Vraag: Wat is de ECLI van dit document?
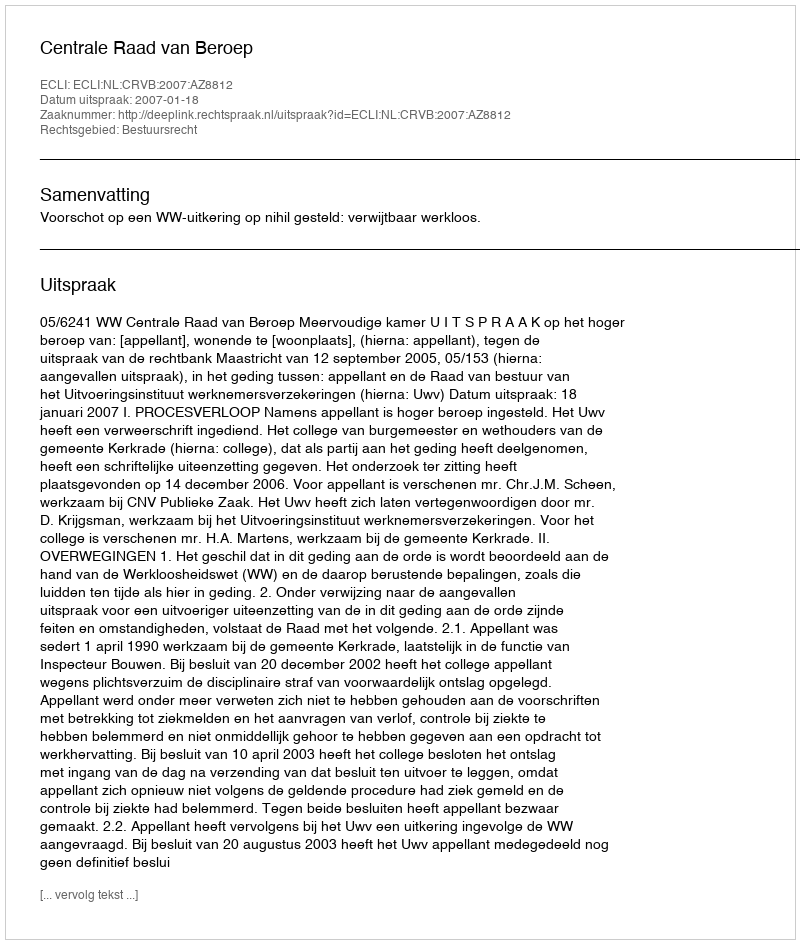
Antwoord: ECLI:NL:CRVB:2007:AZ8812